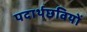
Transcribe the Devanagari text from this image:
पदार्थछवियों